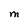
Character: M